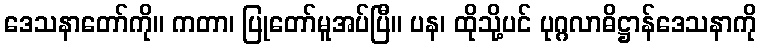
ဒေသနာတော်ကို။ ကတာ၊ ပြုတော်မူအပ်ပြီ။ ပန၊ ထိုသို့ပင် ပုဂ္ဂလာဓိဋ္ဌာန်ဒေသနာကို